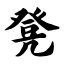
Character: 凳